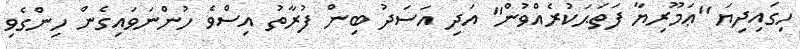
ހިގައިދިޔަ ''ޢަމޫރިޔާ ފަތަޙަކުރެއްވުން'' އަދި އަސަދު ބިން ފުރާތު އިސްވެ ހުންނަވައިގެން ހިންގެވި